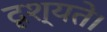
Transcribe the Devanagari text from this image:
दृश्यते।